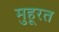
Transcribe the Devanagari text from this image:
मुहूरत